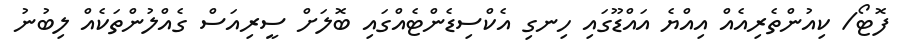
ފޮޓޯ/ ކިއުންތެރިއެއް އިއްޔެ އައްޑޫގައި ހިނގި އެކްސިޑެންޓެއްގައި ބޮލަށް ސީރިއަސް ގެއްލުންތަކެއް ލިބުނު